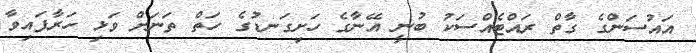
އައުސަންގެ ގާތް ރައްޓެއްސަކު ބުނީ އޭނާގެ ހަށިގަނޑުގެ ހަތް ތަނަށް ވަޅި ހަރާފައިވާ